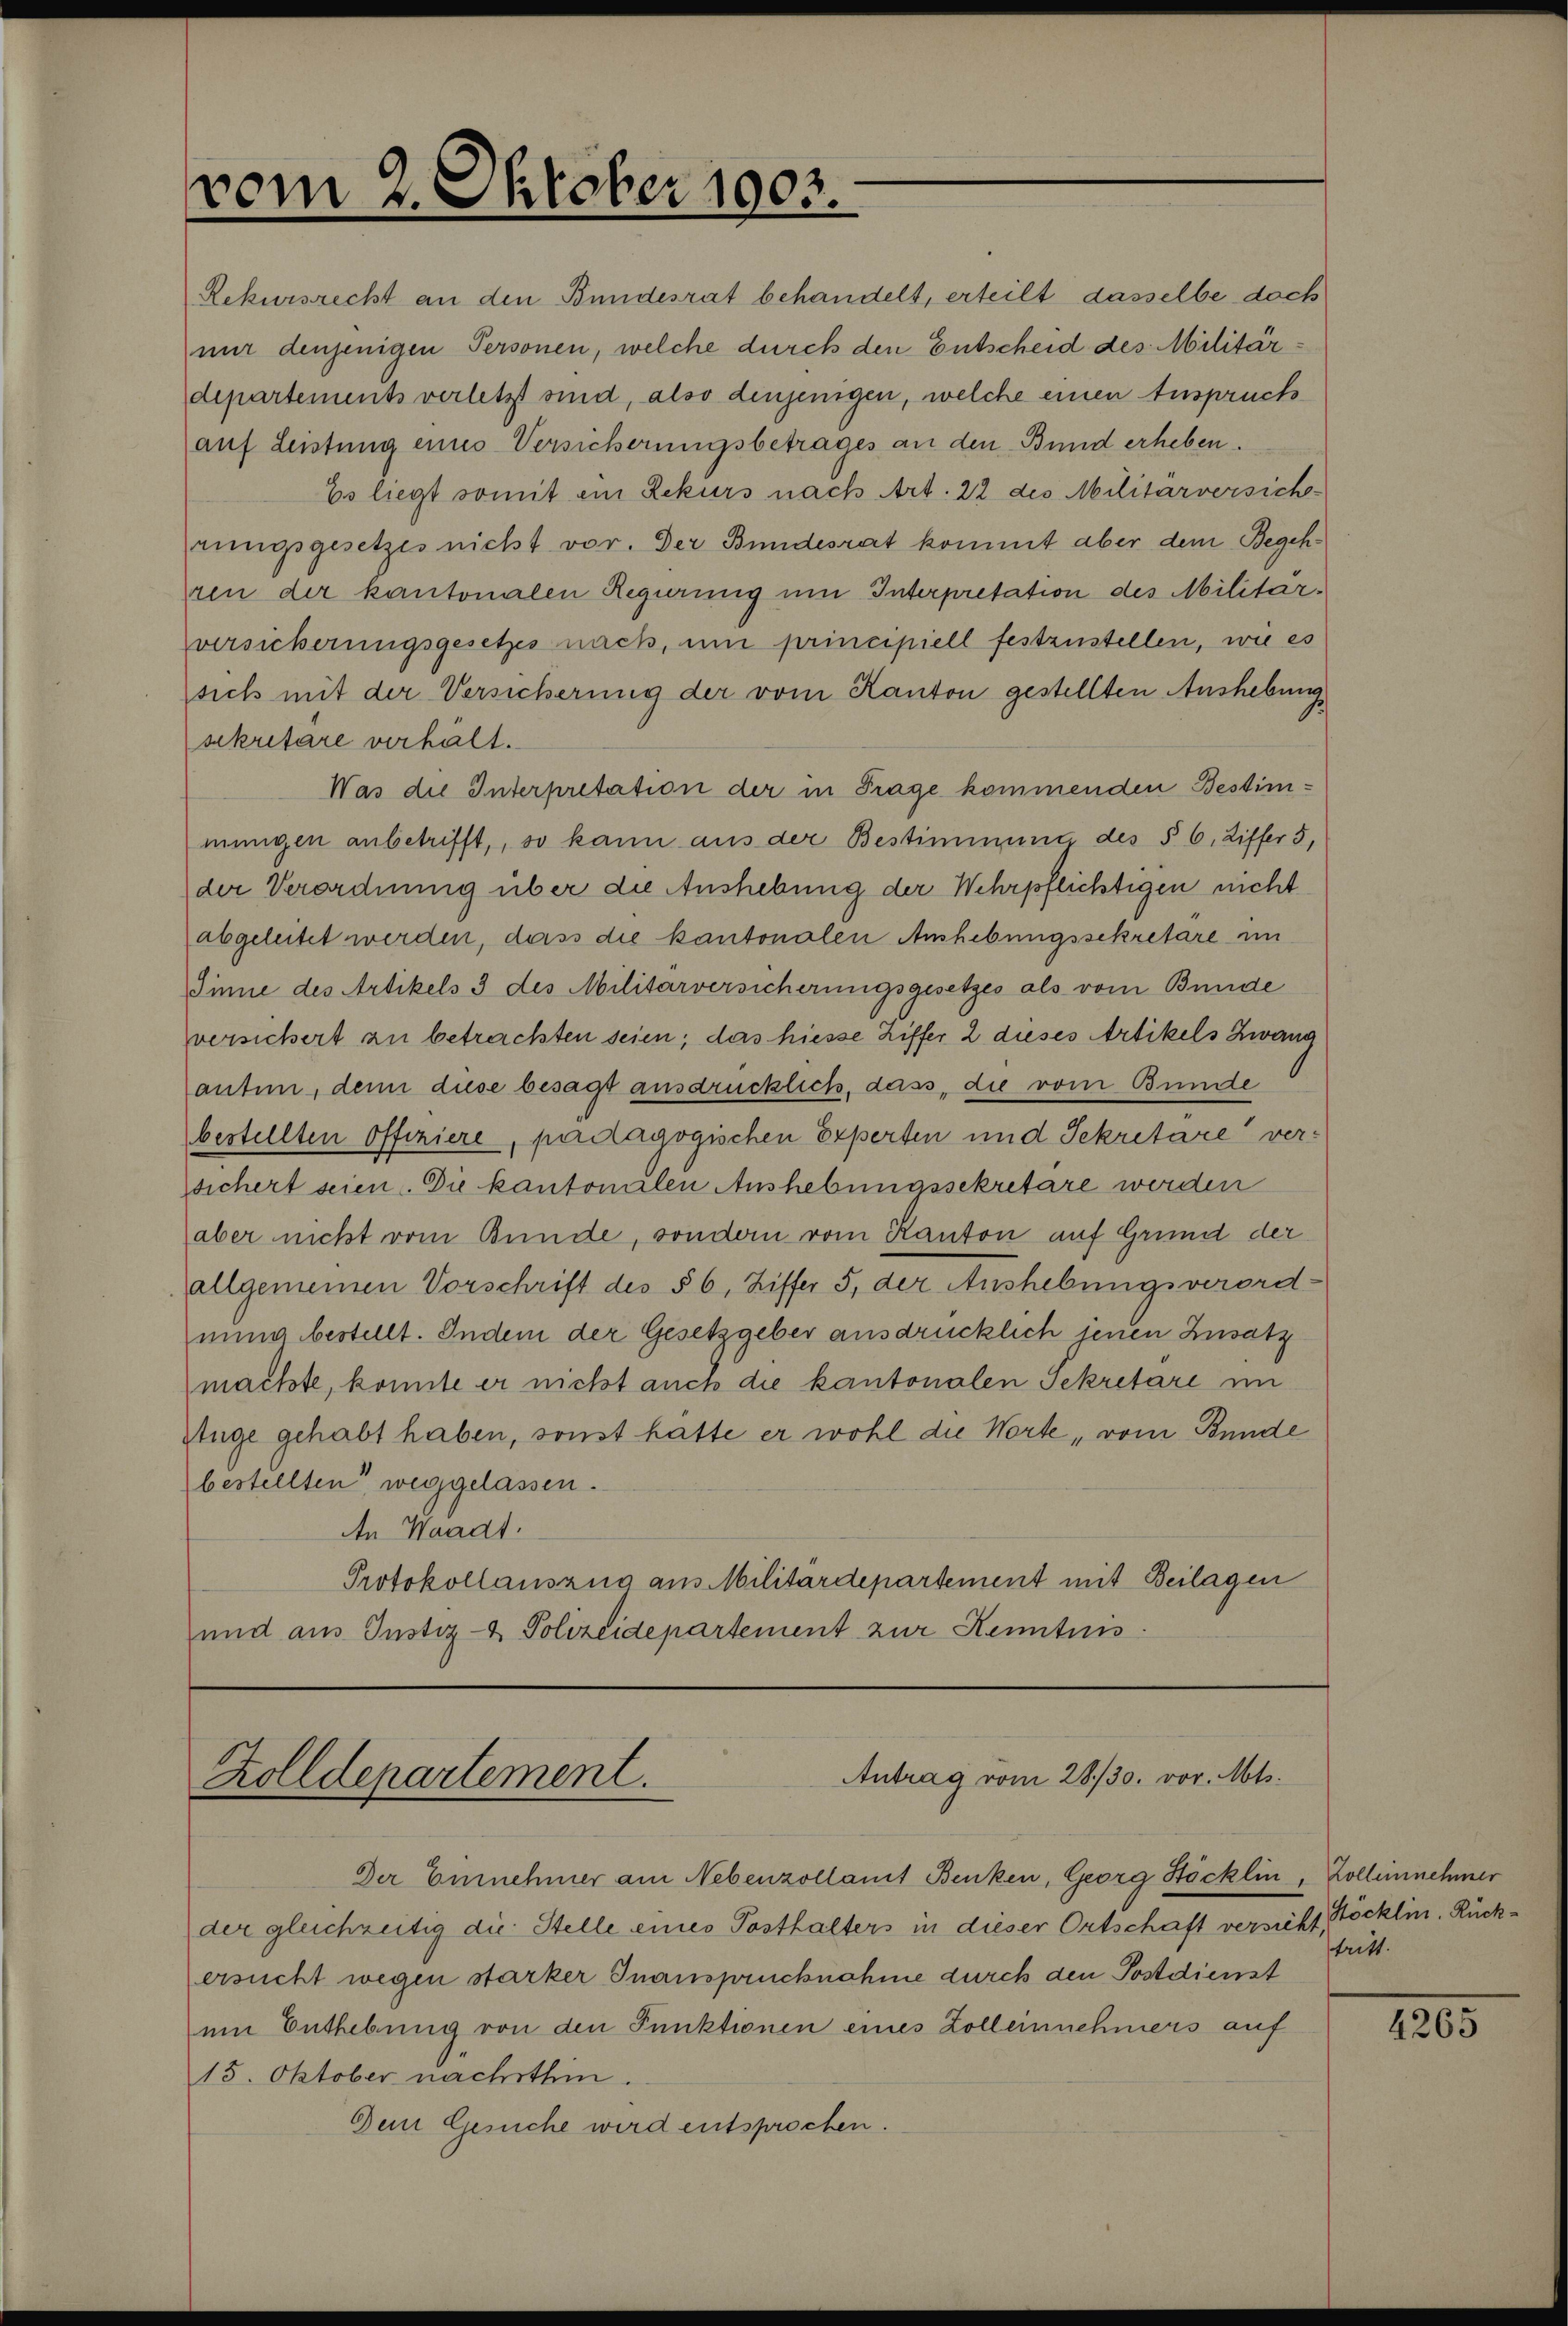
vom 2. Oktober 1903.

Rekursrecht an den Bundesrat behandelt, erteilt dasselbe doch
mir denjenigen Personen, welche durch den Entscheid des Militärdepartements verletzt sind, also denjenigen, welche einen Anspruch
auf Leistung eines Versicherungsbetrages an den Bund erheben.
Es liegt somit ein Rekurs nach Art. 22 des Militärversich-
rungsgesetzes nicht vor. Der Bundesrat kommt aber dem Begehren der kantonalen Regierung um Interpretation des Militarversicherungsgesetzes nach, um principiell festzustellen, wie es
sich mit der Versicherung der vom Kanton gestellten Aushebung
sekretäre verhält.
Was die Interpretation der in Frage kommenden Bestimmungen anbetrifft, so kann aus der Bestimmung des § 6, Ziffer 5,
der Verordnung über die Aushebung der Wehrpflichtigen nicht
abgeleitet werden, dass die kantonalen Aushebungssekretare in
Jinne des Artikels 3 des Militärversicherungsgesetzes als vom Bunde
versichert an betrackten seien, das hiesse Ziffer 2 dieses Artikels Zwang
antin, denn diese besagt ausdrücklich, dass, die vom Bundte
bestellten Offiziere, pädagogischen Experten und Sekretäre versichert seien. Die kantonialen Aushebungssekretäre werden
aber nicht vom Bunde, sondern vom Kanton auf Grund der
allgemeinen Vorschrift des § 6, Ziffer 5. der Aushebungsverordnung bestellt. Indem der Gesetzgeber ausdrücklich jenen Zusatz
machte, konnte er nicht auch die kantonalen Sekretäre im
Wüge gehabt haben, sonst hätte er wohl die Worte vom Bunde
bestellten weggelassen.
An Waadt.
Protokollauszug aus Militärdepartement mit Beilagen
und aus Justiz- & Polizeidepartement zur Kenntnis

Antrag vom 28./30. vor. Mts.
Zolldepartement.

Der Einnehmer am Nebenzollamt Benken, Georg Stöcklin, Zolleinnehmer
der gleichzeitig die Stelle eines Posthalters in dieser Ortschaft versicht, Böcklin. Rückersucht wegen starker Inanspruchnahme durch den Postdienst
um Enthebung von den Punktionen eines Zolleinnehmers auf
15. Oktober nächsthin.
Dein Gesuche wird entsprochen.

tritt.

4265